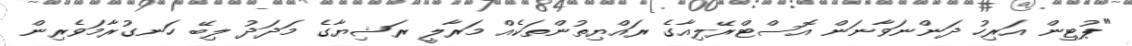
"ޕުޓިން އަރިހު ދަންނަވާނަން އޮސްޓްރޭލިއާގެ ރައްޔިތުންތަކެއް މަރާލީ ރަޝިޔާގެ މަދަދު ލިބޭ ހަނގުރާމަވެރިން